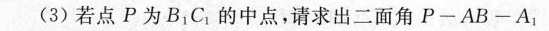
(3)若点P为B_{1}C_{1}的中点，请求出二面角P-AB-A_{1}.